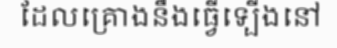
ដែលគ្រោងនឹងធ្វើទ្បើងនៅ